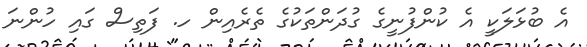
އެ ބުޅަލަކީ އެ ކުންފުނީގެ ގުދަންތަކުގެ ތެރެއިން ހ. ފަތިސް ގައި ހުންނަ